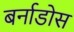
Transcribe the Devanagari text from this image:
बर्नाडोस